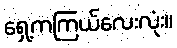
ရှေ့ကကြယ်လေးလုံး။